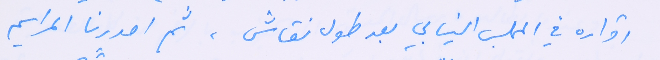
اقراره في المجلس النيابي بعد طول نقاش، ثم اصدرنا المراسيم